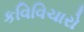
કવિવિચારો